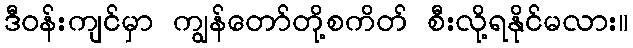
ဒီဝန်းကျင်မှာ ကျွန်တော်တို့စကိတ် စီးလို့ရနိုင်မလား။